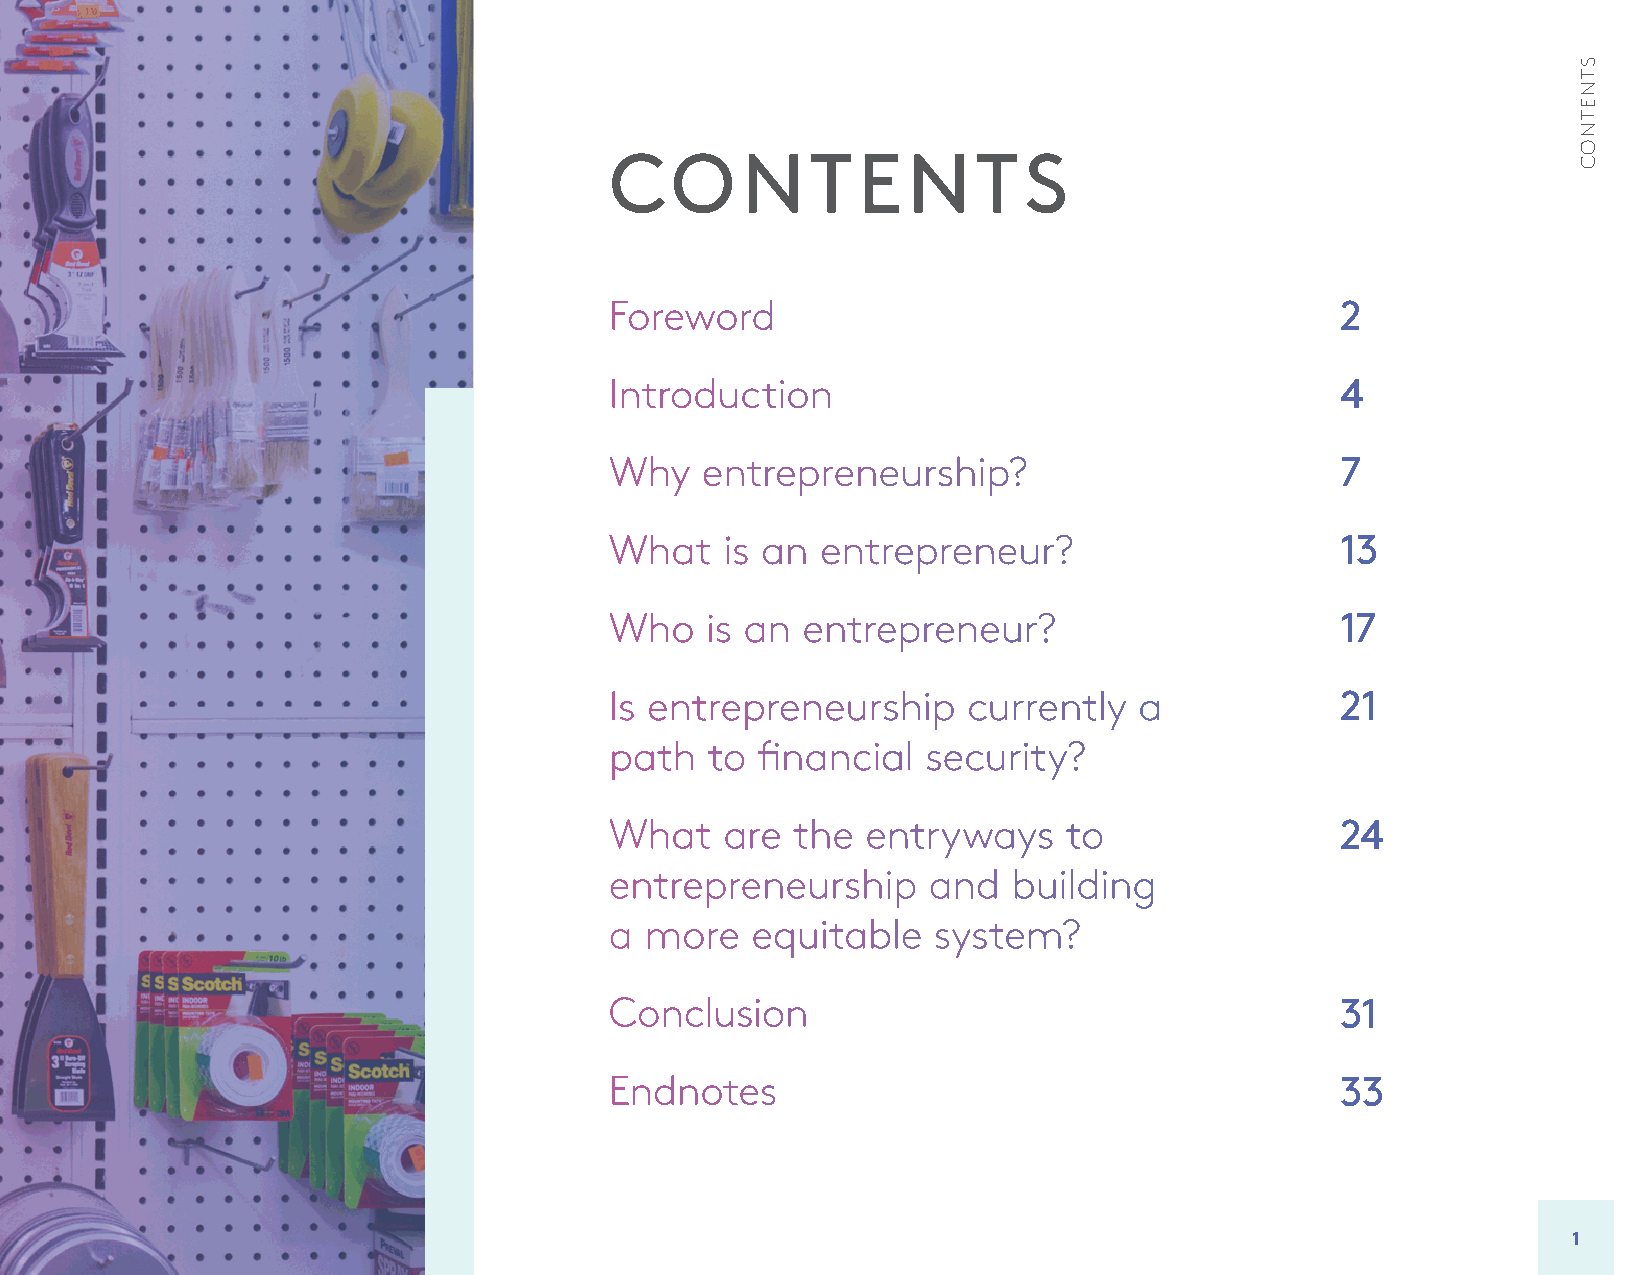
CONTENTS
 Foreword                                         2
 Introduction                                     4
 Why   entrepreneurship?                          7
 What    is an entrepreneur?                      13
 Who    is an entrepreneur?                       17
 Is entrepreneurship     currently  a             21
 path   to financial  security?
 What    are the  entryways     to                24
 entrepreneurship     and   building
 a  more   equitable   system?
 Conclusion                                       31
 Endnotes                                         33
 1
 STNETNOC